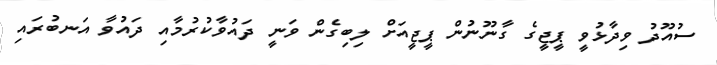
ސުއޫދު ވިދާޅުވީ ޕީޖީގެ ގާނޫނުން ޕީޖީއަށް ލިބިގެން ވަނީ ދައުވާކުރުމާއި ދައުވާ އަނބުރައި